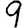
Digit: 9